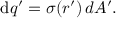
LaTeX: \mathrm { d } q ^ { \prime } = \sigma ( { \boldsymbol { r ^ { \prime } } } ) \, d A ^ { \prime } .